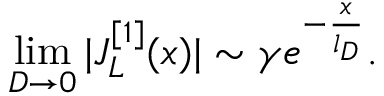
\operatorname* { l i m } _ { D \rightarrow 0 } | J _ { L } ^ { [ 1 ] } ( x ) | \sim \gamma e ^ { - \frac { x } { l _ { D } } } .